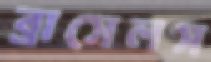
ব্রাসেলস